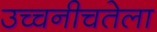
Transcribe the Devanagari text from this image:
उच्चनीचतेला